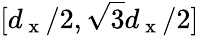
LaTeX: [d_{\mathrm{~x~}}/2,\sqrt{3}d_{\mathrm{~x~}}/2]